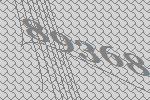
89368